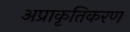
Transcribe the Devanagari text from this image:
अप्राकृतिकरण